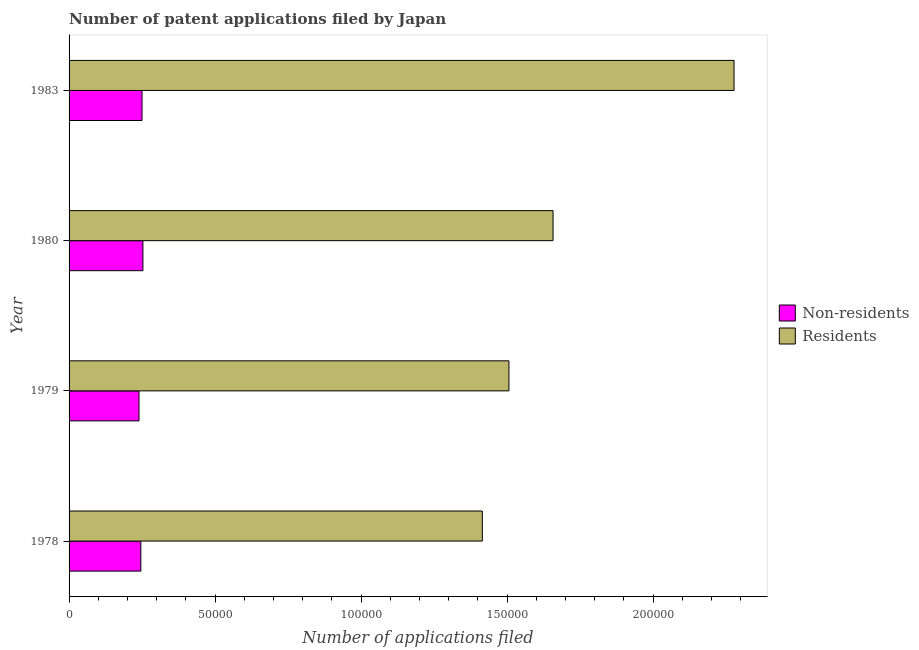
| Year | Non-residents | Residents |
 | --- | --- | --- |
 | 1978 | 2.46e+04 | 1.42e+05 |
 | 1979 | 2.39e+04 | 1.51e+05 |
 | 1980 | 2.53e+04 | 1.66e+05 |
 | 1983 | 2.5e+04 | 2.28e+05 |